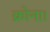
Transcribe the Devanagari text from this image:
क्रोना।